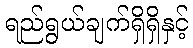
ရည်ရွယ်ချက်ရှိရှိနှင့်